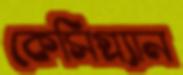
কেসিগ্র্যান